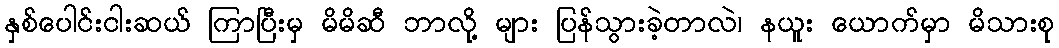
နှစ်ပေါင်းငါးဆယ် ကြာပြီးမှ မိမိဆီ ဘာလို့ များ ပြန်သွားခဲ့တာလဲ၊ နယူး ယောက်မှာ မိသားစု